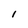
Character: l